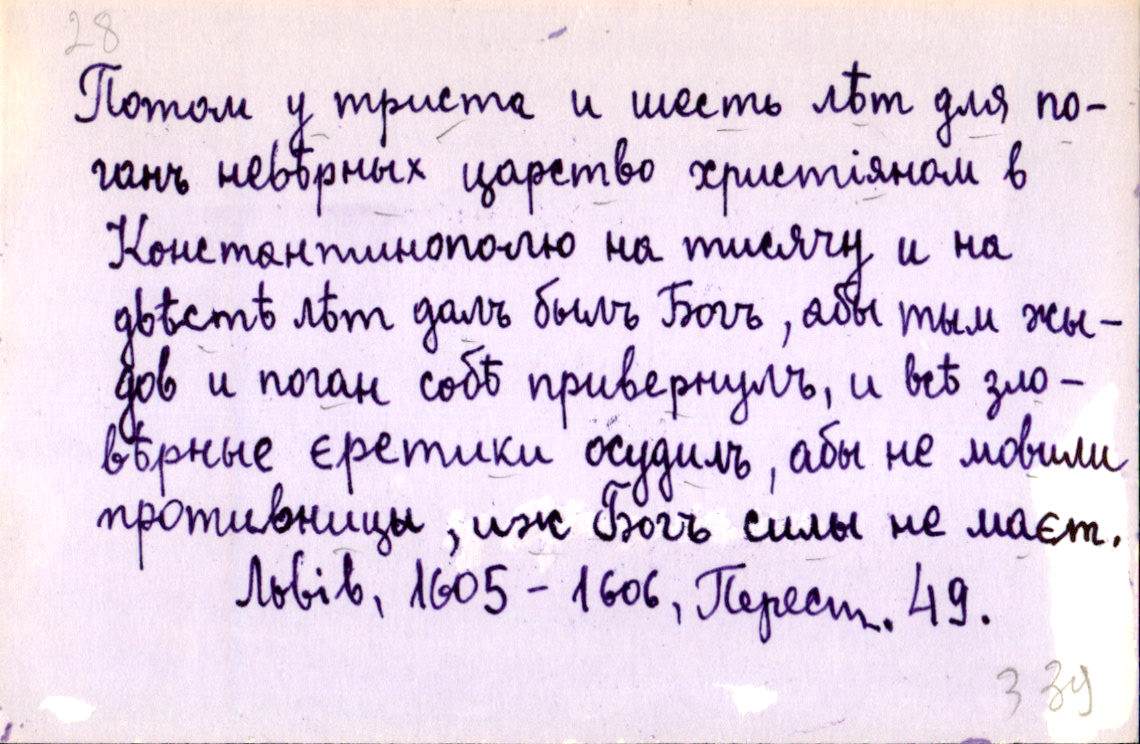
Потом у триста и шесть лѣт для по-
ганъ невѣрных царство христіяном в
Константинополю на тисячу и на
двѣстѣ лѣт далъ былъ Богъ, абы тым жы-
дов и поган собѣ привернулъ, и всѣ зло-
вѣрные єретики осудилъ, абы не мовили
противницы, иж Богъ силы не маєт.
Львів, 1605-1606, Перест. 49.